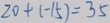
2 0 + ( - 1 5 ) = 3 5